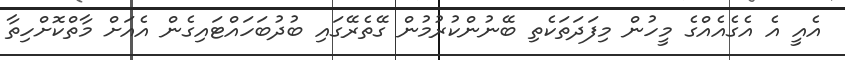
އެއީ އެ އެގެއެއްގެ މީހުން މިފަދަތަކެތި ބޭނުންކުރުމުން ގޭތެރޭގައި ބުދުބަހައްޓައިގެން އެއަށް މާތްކޮށްހިތާ